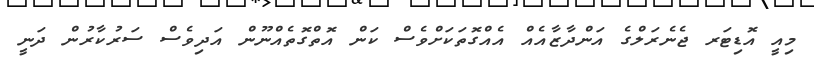
މިއީ އޮޑިޓަރ ޖެނެރަލްގެ އަންދާޒާއެއް އެއްގޮތަކަށްވެސް ކަން އޮތްގޮތެއްނޫން އަދިވެސް ސަރުކާރުން ދަނީ